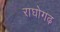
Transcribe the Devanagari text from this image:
राघोगढ़